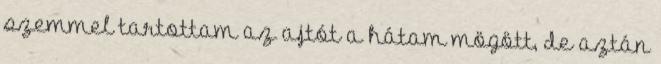
szemmel tartottam az ajtót a hátam mögött, de aztán